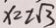
x = 2 \sqrt { 3 }